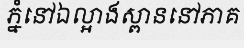
ភ្នំនៅឯល្អាងស្ពាននៅភាគ